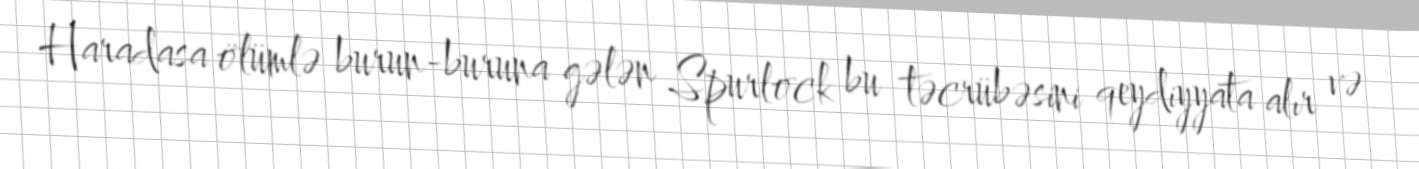
Haradasa ölümlə burun-buruna gələn Spurlock bu təcrübəsini qeydiyyata alır və